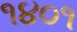
૧૪૦૧